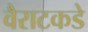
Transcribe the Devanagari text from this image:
वैराटकडे